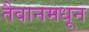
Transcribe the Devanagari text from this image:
तैवानमधून